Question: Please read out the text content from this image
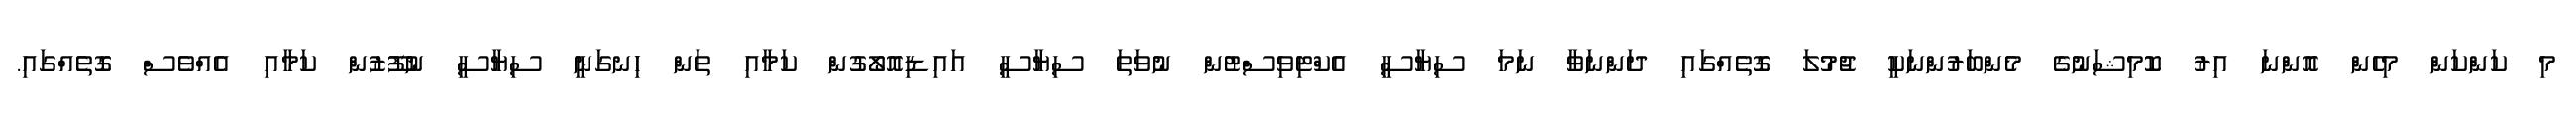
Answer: މި ކަންކަން މިހެން އޮންނަ އިރު ކޮމިޝަނުގެ މެންބަރުންނަކީ ޖުމުލަ ގޮތެއްގައި ދަންނަވާ ނަމަ ސިޔާސީ އެކްޓިވިސްޓުން ނުވަތަ ސިޔާސީ އައިޑިއޮލޯގުން ކަމާއި ތަން ހިނގަނީ ސިޔާސީ ނުފޫޒުން ކަމާއި އެއްވެސް ގޮތެއްގައި.